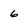
Character: 6